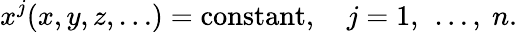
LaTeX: x^{j}(x,y,z,\dots)=\mathrm{constant},\quad j=1,\ \dots,\ n.